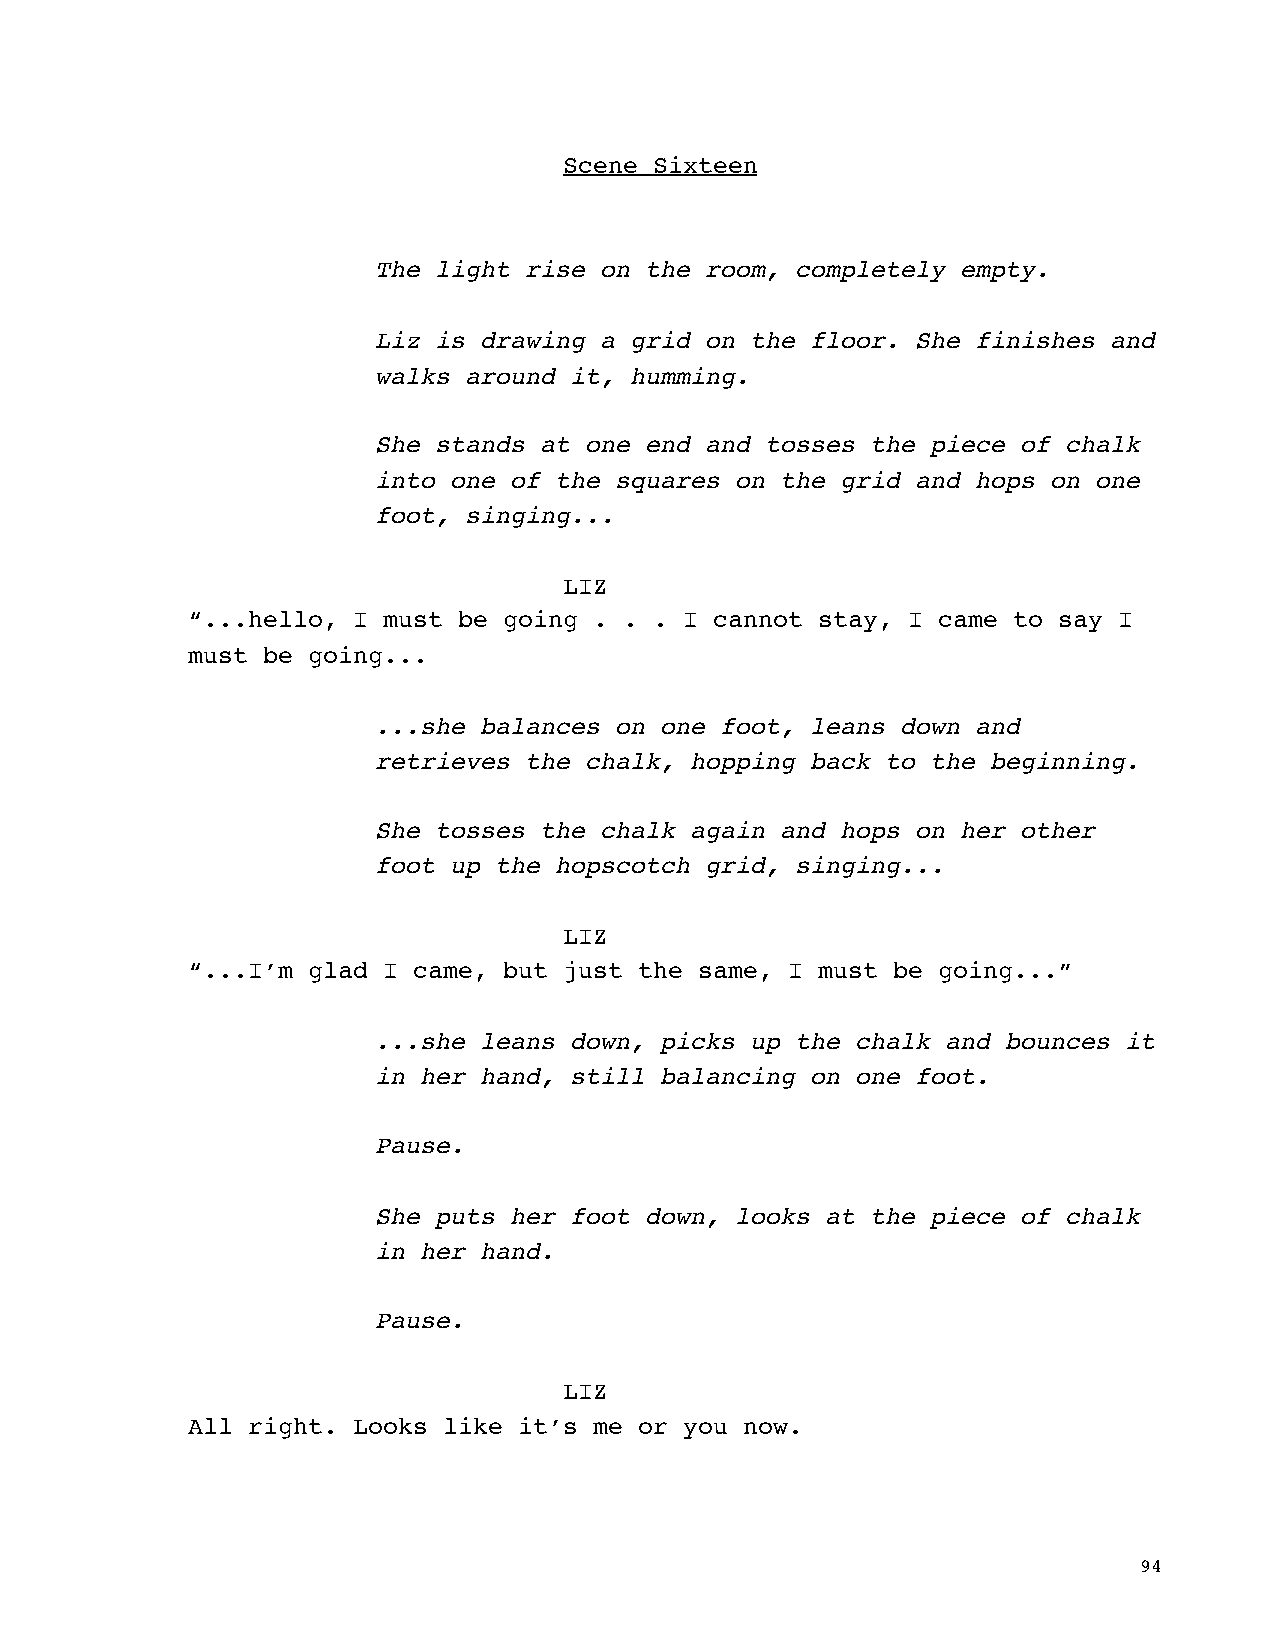
Scene Sixteen
 The light rise on the room, completely empty.
 Liz is drawing a grid on the floor. She finishes and
 walks around it, humming.
 She stands at one end and tosses the piece of chalk
 into one of the squares on the grid and hops on one
 foot, singing...
 LIZ
 “...hello, I must be going . . . I cannot stay, I came to say I
 must be going...
 ...she balances on one foot, leans down and
 retrieves the chalk, hopping back to the beginning.
 She tosses the chalk again and hops on her other
 foot up the hopscotch grid, singing...
 LIZ
 “...I’m glad I came, but just the same, I must be going...”
 ...she leans down, picks up the chalk and bounces it
 in her hand, still balancing on one foot.
 Pause.
 She puts her foot down, looks at the piece of chalk
 in her hand.
 Pause.
 LIZ
 All right. Looks like it’s me or you now.
 94